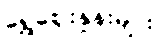
ရွှေဈေးနှုန်းများ